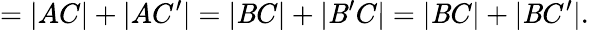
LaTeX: =|AC|+|AC^{\prime}|=|\mathit{B}C|+|\mathit{B}^{\prime}C|=|\mathit{B}C|+|\mathit{B}C^{\prime}|.